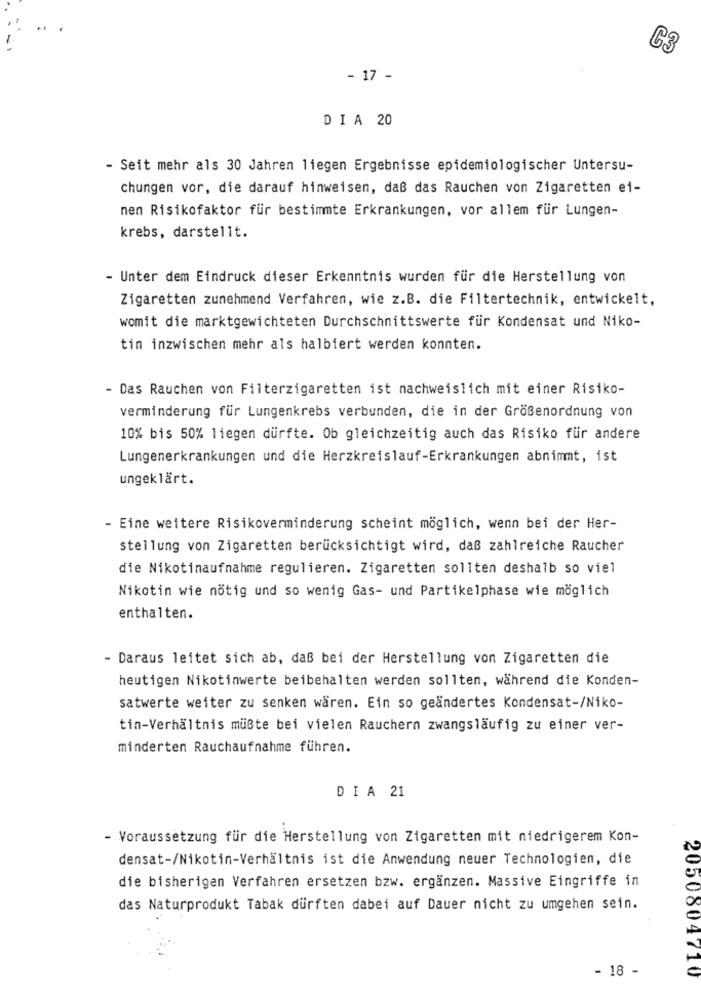
C3
- 17 -
DIA 20
- Seit mehr als 30 Jahren liegen Ergebnisse epidemiologischer Untersu-
chungen vor, die darauf hinweisen, daß das Rauchen von Zigaretten ei-
nen Risikofaktor für bestimmte Erkrankungen, vor allem für Lungen-
krebs, darstellt.
- Unter dem Eindruck dieser Erkenntnis wurden für die Herstellung von
Zigaretten zunehmend Verfahren, wie z.B. die Filtertechnik, entwickelt,
womit die marktgewichteten Durchschnittswerte für Kondensat und Niko-
tin inzwischen mehr als halbiert werden konnten.
- Das Rauchen von Filterzigaretten ist nachweislich mit einer Risiko-
verminderung für Lungenkrebs verbunden, die in der Größenordnung von
10% bis 50% liegen dürfte. Ob gleichzeitig auch das Risiko für andere
Lungenerkrankungen und die Herzkreislauf-Erkrankungen abnimmt, ist
ungeklärt.
- Eine weitere Risikoverminderung scheint möglich, wenn bei der Her-
stellung von Zigaretten berücksichtigt wird, daß zahlreiche Raucher
die Nikotinaufnahme regulieren. Zigaretten sollten deshalb so viel
Nikotin wie nötig und so wenig Gas- und Partikelphase wie möglich
enthalten.
- Daraus leitet sich ab, daß bei der Herstellung von Zigaretten die
heutigen Nikotinwerte beibehalten werden sollten, während die Konden-
satwerte weiter zu senken wären. Ein so geändertes Kondensat-/Niko-
tin-Verhältnis müßte bei vielen Rauchern zwangsläufig zu einer ver-
minderten Rauchaufnahme führen.
DIA 21
- Voraussetzung für die Herstellung von Zigaretten mit niedrigerem Kon-
densat-/Nikotin-Verhältnis ist die Anwendung neuer Technologien, die
die bisherigen Verfahren ersetzen bzw. ergänzen. Massive Eingriffe in
das Naturprodukt Tabak dürften dabei auf Dauer nicht zu umgehen sein.
- 18 -
2050804710